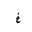
Letter: _kha